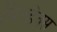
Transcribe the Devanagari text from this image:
विन्डेक्स